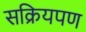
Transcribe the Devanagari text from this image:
सक्रियपण